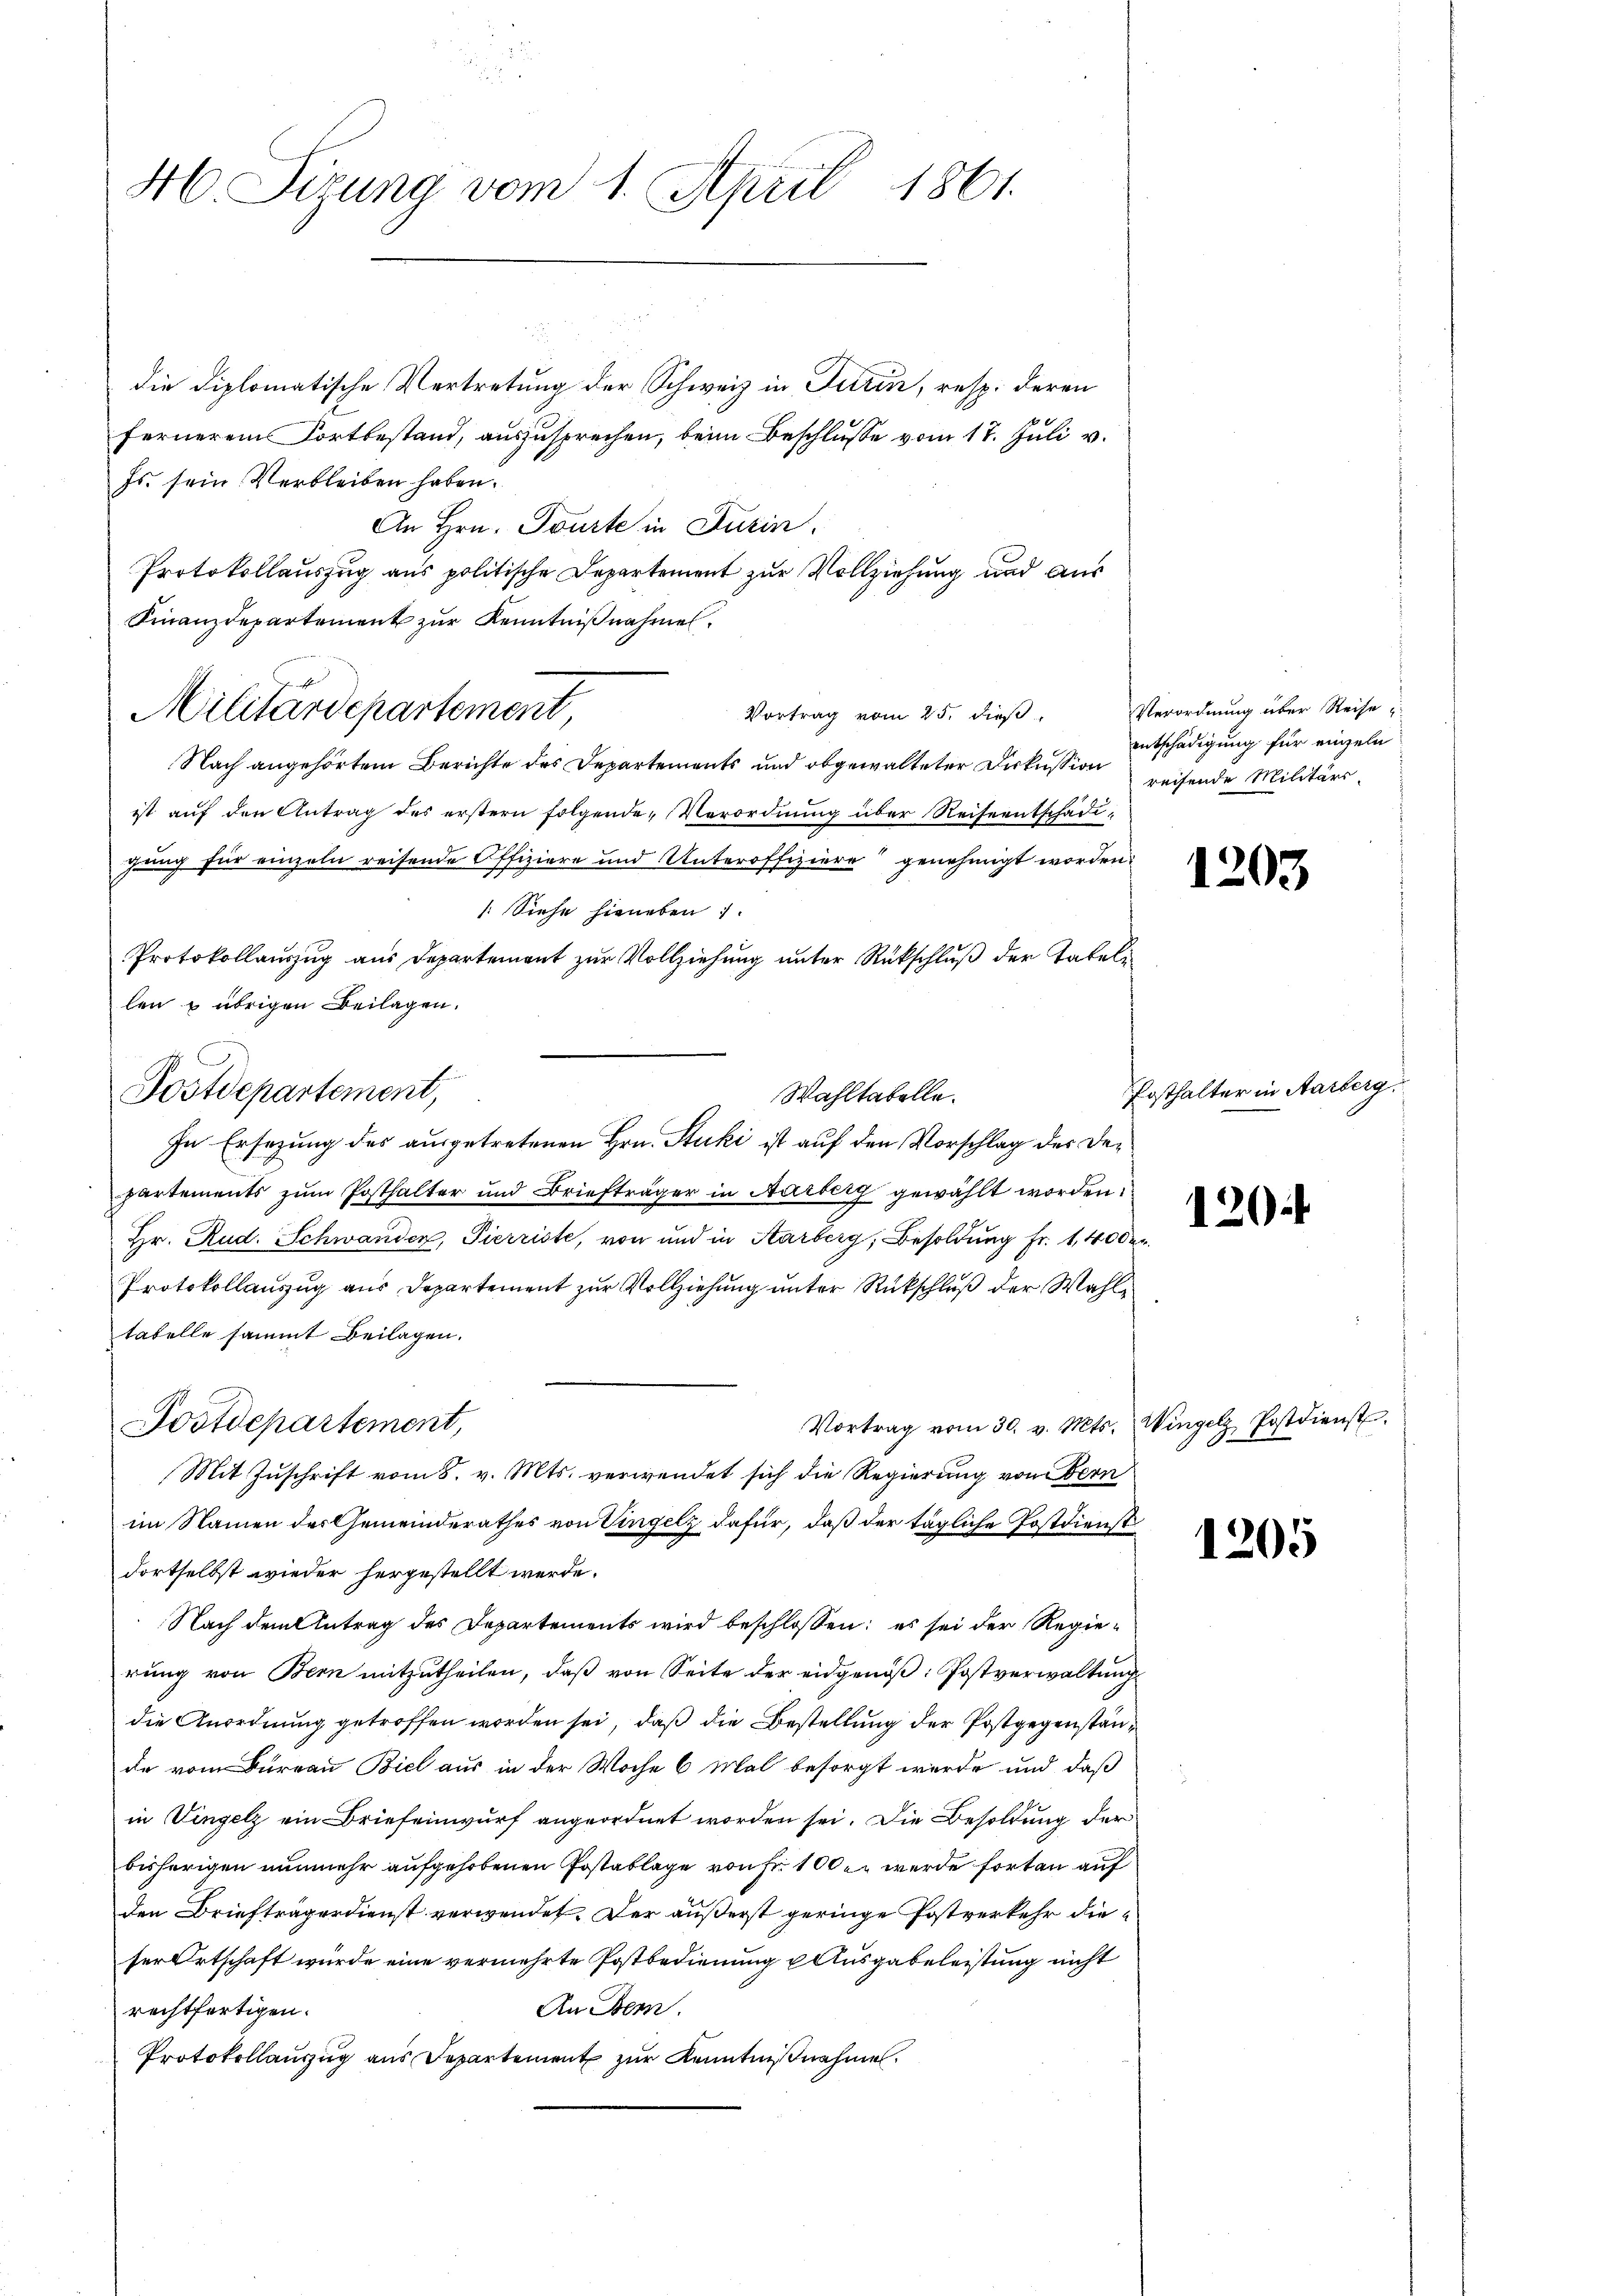
die diplomatische Vertretung der Schweiz in Turin, resp. deren
fernerem Fortbestand, auszusprechen, beim Beschlusse vom 17. Juli v.
Js. sein Verbleiben haben.
An Hrn. Tourte in Turin.
Protokollauszug aus politische Departement zur Vollziehung und aus
Finanzdepartement zur Kenntnißnahmen.
Vortrag vom 25. dieß,
Nach angehörtem Berichte des Departements und abgewalteter Diskussion reisende Militärist auf den Antrag des erstern folgende Verordnung über Reiseentschädi-
gung für einzeln reisende Offiziere und Unteroffiziere genehmigt worden.
[Siehe hieneben
Protokollauszug aus Departement zur Vollziehung unter Rückschluß der Tabellen & übrigen Beilagen.
Postdepartement,
partements zum Posthalter und Briefträger in Aarberg gewählt worden.
Hr. Rud. Schwanden, Pierriste, von und in Aarberg, Besoldung Fr. 1,400 er
Protokollaŭszŭg aŭs Departement zŭr Vollziehŭng ŭnter Rückschlŭβ der Wahle
tatelle sammt Beilagen.
Vortrag vom 30. v. Mts. Wingel Postdienst
Postdepartement,
Mit Zuschrift vom 8. v. Mts. verwendet sich die Regierung von Fern
im Namen des Gemeinderathes von Vingelz dafür, daß der tägliche Postdienst
dortselbst wieder hergestellt werde.
Nach dem Antrag des Departements wird beschlossen; es sei der Regierung von Bern mitzutheilen, daß von Seite der eidgenöß: Postverwaltung
die Anordnung getroffen worden sei, daß die Bestellung der Postgegenstände vom Bureau Biel aus in der Woche 6 Mal besorgt werde und daß
in Vingelz ein Briefeinwurf angeordnet worden sei. Die Besoldung der
bisherigen nunmehr aufgehobenen Postablage von Fr. 100 er werde forten auf
den Briefträgerdienst verwendet. Der äußerst geringe Postverkehr dieser Ortschaft wurde eine vermehrte Postbedienung u Ausgabeleistung nicht
An Bern.
rechtfertigen.
Protokollauszug aus Departement zur Kenntnißnahmen.

46. Sirung vom 1. April 1861.

Militärdepartement,

In Ersezung des ausgetretenen Hrn. Stuki ist auf den Vorschlag des der

Wahltabelle.

Verordnung über Reise
entschädigung für einzeln

1203

Posthalter in Aarberg.

120.

1

1205